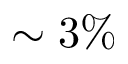
\sim 3 \%